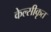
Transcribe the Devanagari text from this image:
केल्सीकृत